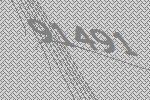
91491